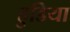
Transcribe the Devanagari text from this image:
हुडिया